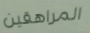
المراهقين